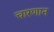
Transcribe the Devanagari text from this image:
चारणान